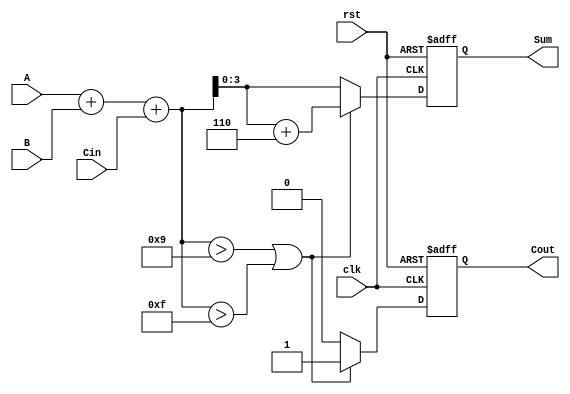
module BCD_Synchronous_Adder (
    input  wire [3:0] A,       // 4-bit BCD input A
    input  wire [3:0] B,       // 4-bit BCD input B
    input  wire       Cin,      // Carry input
    input  wire       clk,      // Clock input
    input  wire       rst,      // Reset input
    output reg [3:0] Sum,       // 4-bit BCD sum output
    output reg       Cout       // Carry output
);

    reg [4:0] temp_sum;        // 5-bit to hold the intermediate sum

    always @(posedge clk or posedge rst) begin
        if (rst) begin
            Sum <= 4'b0000;
            Cout <= 1'b0;
        end else begin
            // Step 1: Perform binary addition
            temp_sum = A + B + Cin;

            // Step 2: Check for BCD adjustment
            if (temp_sum > 5'b01001 || temp_sum > 5'b01111) begin
                temp_sum = temp_sum + 5'b00110; // Add 6 in binary
                Cout <= 1'b1; // Set carry-out
            end else begin
                Cout <= 1'b0; // No carry-out
            end

            // Step 3: Assign the valid BCD result to Sum
            Sum <= temp_sum[3:0]; // Only the lower 4 bits are the sum
        end
    end

endmodule